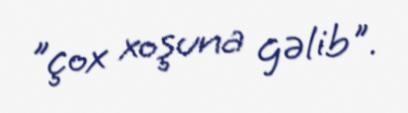
"çox xoşuna gəlib".